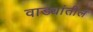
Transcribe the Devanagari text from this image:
वाड्यांतील